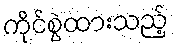
ကိုင်စွဲထားသည့်